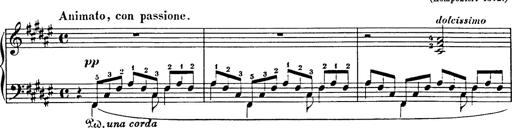
Title: Impromptu
Composer: JosÃ© MarÃ­a Usandizaga
Key: A major